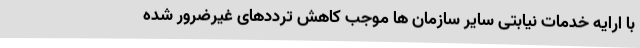
با ارایه خدمات نیابتی سایر سازمان ها موجب کاهش ترددهای غیرضرور شده